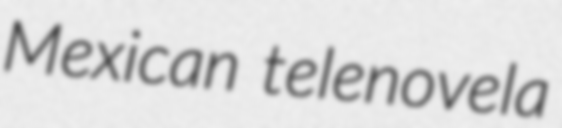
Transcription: Mexican telenovela